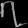
Digit: ၇